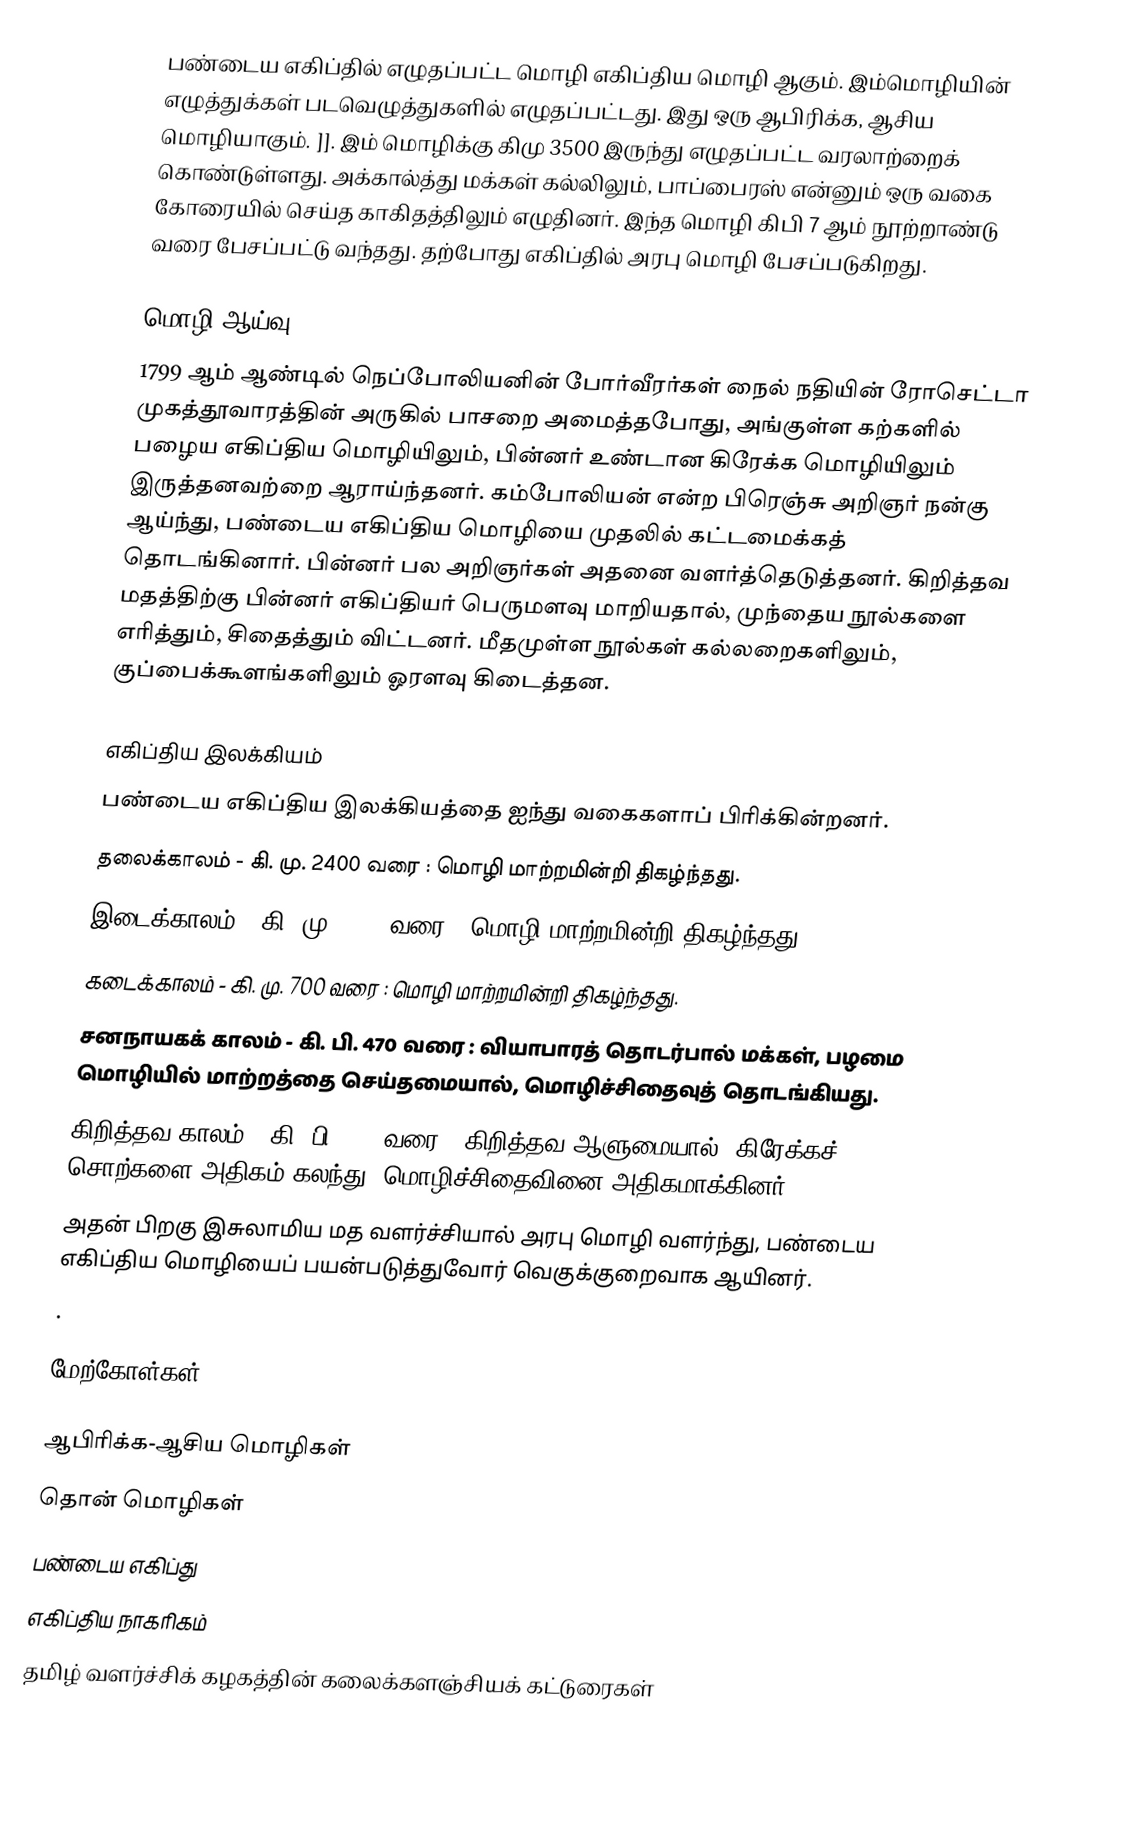
பண்டைய எகிப்தில்  எழுதப்பட்ட மொழி எகிப்திய மொழி ஆகும். இம்மொழியின் எழுத்துக்கள் படவெழுத்துகளில் எழுதப்பட்டது. இது ஒரு ஆபிரிக்க, ஆசிய மொழியாகும். ]]. இம் மொழிக்கு கிமு 3500 இருந்து எழுதப்பட்ட வரலாற்றைக் கொண்டுள்ளது. அக்கால்த்து மக்கள் கல்லிலும், பாப்பைரஸ் என்னும் ஒரு வகை கோரையில் செய்த காகிதத்திலும் எழுதினா். இந்த மொழி கிபி 7 ஆம் நூற்றாண்டு வரை பேசப்பட்டு வந்தது. தற்போது எகிப்தில் அரபு மொழி பேசப்படுகிறது.

மொழி ஆய்வு
1799 ஆம் ஆண்டில் நெப்போலியனின் போர்வீரர்கள் நைல் நதியின் ரோசெட்டா முகத்தூவாரத்தின் அருகில் பாசறை அமைத்தபோது, அங்குள்ள கற்களில் பழைய எகிப்திய மொழியிலும், பின்னர் உண்டான கிரேக்க மொழியிலும் இருத்தனவற்றை ஆராய்ந்தனர். கம்போலியன் என்ற பிரெஞ்சு அறிஞர் நன்கு ஆய்ந்து, பண்டைய எகிப்திய மொழியை முதலில் கட்டமைக்கத் தொடங்கினார். பின்னர் பல அறிஞர்கள் அதனை வளர்த்தெடுத்தனர். கிறித்தவ மதத்திற்கு பின்னர் எகிப்தியர் பெருமளவு மாறியதால், முந்தைய நூல்களை எரித்தும், சிதைத்தும் விட்டனர். மீதமுள்ள நூல்கள் கல்லறைகளிலும், குப்பைக்கூளங்களிலும் ஓரளவு கிடைத்தன.

எகிப்திய இலக்கியம்
பண்டைய எகிப்திய இலக்கியத்தை ஐந்து வகைகளாப் பிரிக்கின்றனர்.
 தலைக்காலம் - கி. மு. 2400 வரை : மொழி மாற்றமின்றி திகழ்ந்தது.
 இடைக்காலம் - கி. மு. 1300 வரை : மொழி மாற்றமின்றி திகழ்ந்தது.
 கடைக்காலம் - கி. மு. 700 வரை : மொழி மாற்றமின்றி திகழ்ந்தது.
 சனநாயகக் காலம் - கி. பி. 470 வரை : வியாபாரத் தொடர்பால் மக்கள், பழமை மொழியில் மாற்றத்தை செய்தமையால், மொழிச்சிதைவுத் தொடங்கியது.
 கிறித்தவ காலம் - கி. பி. 750 வரை : கிறித்தவ ஆளுமையால், கிரேக்கச் சொற்களை அதிகம் கலந்து, மொழிச்சிதைவினை அதிகமாக்கினர்.
அதன் பிறகு இசுலாமிய மத வளர்ச்சியால் அரபு மொழி வளர்ந்து, பண்டைய எகிப்திய மொழியைப் பயன்படுத்துவோர் வெகுக்குறைவாக ஆயினர்.
.

மேற்கோள்கள்

ஆபிரிக்க-ஆசிய மொழிகள்
தொன் மொழிகள்
பண்டைய எகிப்து
எகிப்திய நாகரிகம்
தமிழ் வளர்ச்சிக் கழகத்தின் கலைக்களஞ்சியக் கட்டுரைகள்